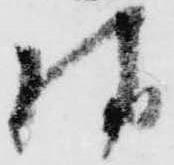
様